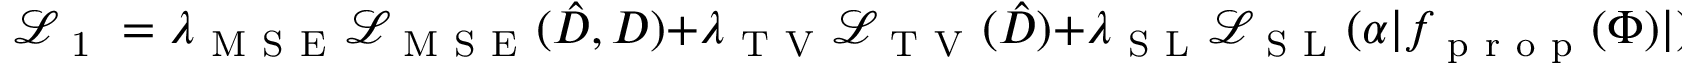
\mathcal { L } _ { \mathrm { ~ 1 ~ } } = \lambda _ { \mathrm { ~ M ~ S ~ E ~ } } \mathcal { L } _ { \mathrm { ~ M ~ S ~ E ~ } } ( \hat { D } , D ) + \lambda _ { \mathrm { ~ T ~ V ~ } } \mathcal { L } _ { \mathrm { ~ T ~ V ~ } } ( \hat { D } ) + \lambda _ { \mathrm { ~ S ~ L ~ } } \mathcal { L } _ { \mathrm { ~ S ~ L ~ } } ( \alpha | f _ { \mathrm { ~ p ~ r ~ o ~ p ~ } } ( \Phi ) | ) ,